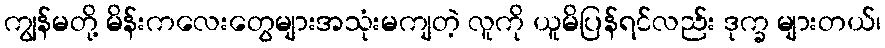
ကျွန်မတို့ မိန်းကလေးတွေများအသုံးမကျတဲ့ လူကို ယူမိပြန်ရင်လည်း ဒုက္ခ များတယ်၊